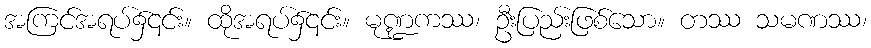
အကြင်အရပ်၌၎င်း။ ထိုအရပ်၌၎င်း။ မုဏ္ဍကဿ၊ ဦးပြည်းဖြစ်သော။ တဿ သမဏဿ၊